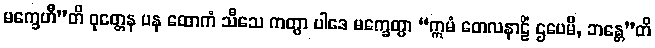
မက္ခေဟီ”တိ ဝုတ္တေန ပန ထောကံ သီသေ ကတွာ ပါဒေ မက္ခေတွာ “ဣမံ တေလနာဠိံ ဌပေမိ, ဘန္တေ”တိ